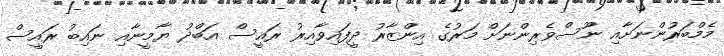
މެމްބަރުންނަށާއި ނޫސްވެރިންނަށް މަރުގެ އިންޒާރު ދީފައިވާއިރު ރައީސް އަބްދު ޔާމީނާއި ނައިބު ރައީސް